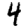
Digit: 4